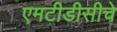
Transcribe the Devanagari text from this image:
एमटीडीसीचे